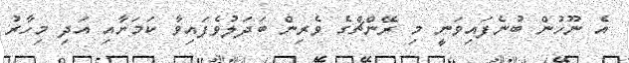
އެ ނޫހުން ބުނެފައިވަނީ މި ރޭންޗްގެ ވެރިން ބަދަލުވެފައިވާ ކަމަށާއި އަދި މިހާރު